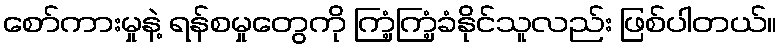
စော်ကားမှုနဲ့ ရန်စမှုတွေကို ကြံ့ကြံ့ခံနိုင်သူလည်း ဖြစ်ပါတယ်။